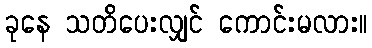
ခုနေ သတိပေးလျှင် ကောင်းမလား။